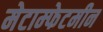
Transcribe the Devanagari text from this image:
मेटाम्फेटमीन